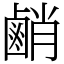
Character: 䴛